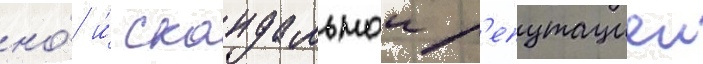
но́ и́ скандальнои р'епутациеи